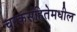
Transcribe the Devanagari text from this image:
चरकसंहितेमधील